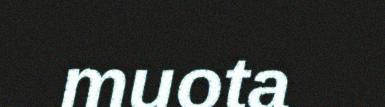
muota